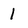
Character: 1